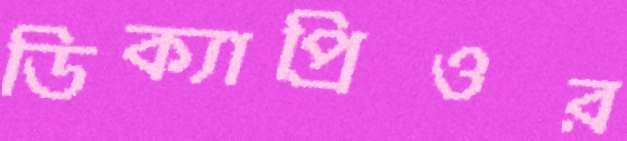
ডিক্যাপ্রিওর